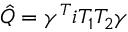
\hat { Q } = \gamma ^ { T } i T _ { 1 } T _ { 2 } \gamma